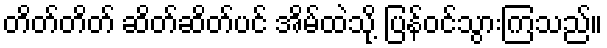
တိတ်တိတ် ဆိတ်ဆိတ်ပင် အိမ်ထဲသို့ ပြန်ဝင်သွားကြသည်။